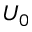
U _ { 0 }